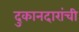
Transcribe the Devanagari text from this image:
दुकानदारांची